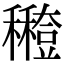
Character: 𥣸